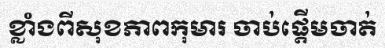
ខ្លាំងពីសុខភាពកុមារ ចាប់ផ្តើមចាត់